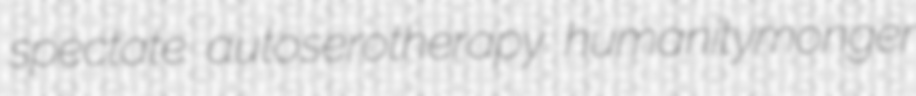
spectate autoserotherapy humanitymonger